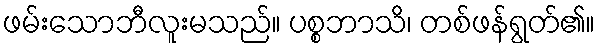
ဖမ်းသောဘီလူးမသည်။ ပစ္စဘာသိ၊ တစ်ဖန်ရွတ်၏။